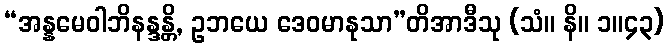
“အန္နမေဝါဘိနန္ဒန္တိ, ဥဘယေ ဒေဝမာနုသာ”တိအာဒီသု (သံ။ နိ။ ၁။၄၃)